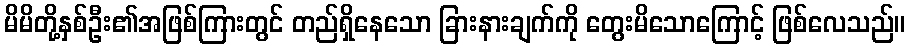
မိမိတို့နှစ်ဦး၏အဖြစ်ကြားတွင် တည်ရှိနေသော ခြားနားချက်ကို တွေးမိသောကြောင့် ဖြစ်လေသည်။